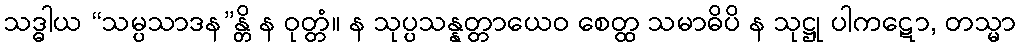
သဒ္ဓါယ “သမ္ပသာဒန”န္တိ န ဝုတ္တံ။ န သုပ္ပသန္နတ္တာယေဝ စေတ္ထ သမာဓိပိ န သုဋ္ဌု ပါကဋော, တသ္မာ